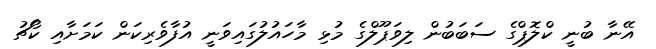
އޭނާ ބުނީ ކްލޮޕްގެ ސަބަބުން ލިވަޕޫލްގެ މުޅި މާހައުލުގައިވަނީ އުފާވެރިކަން ކަމަށާއި ކޯޗު